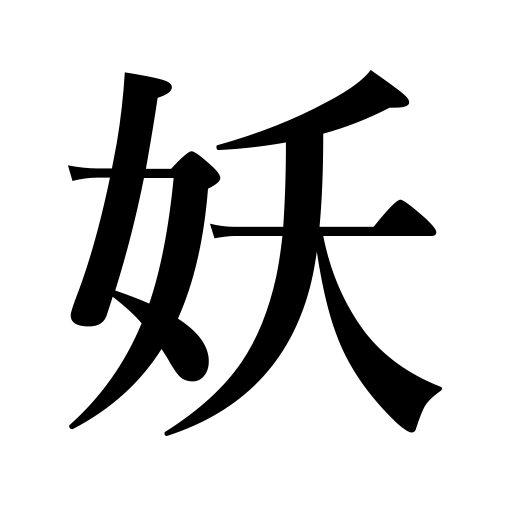
Meanings: attractive,calamity,bewitching